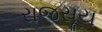
રાજસૂય